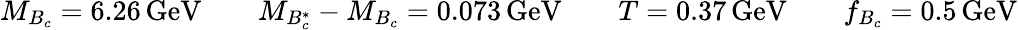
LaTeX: M_{B_{c}}=6.26\, \mathrm{GeV}\qquad M_{B_{c}^{*}}-M_{B_{c}}=0.073\, \mathrm{GeV}\qquad T=0.37\, \mathrm{GeV}\qquad f_{B_{c}}=0.5\, \mathrm{GeV}